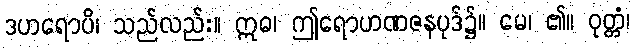
ဒဟရောပိ၊ သည်လည်း။ ဣဓ၊ ဤရောဟဏဇနပုဒ်၌။ မေ၊ ၏။ ဝုတ္တံ၊